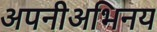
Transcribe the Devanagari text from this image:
अपनीअभिनय